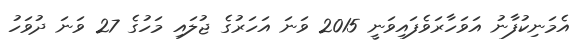
އެމަނިކުފާނު އަވަހާރަވެފައިވަނީ 2015 ވަނަ އަހަރުގެ ޖުލައި މަހުގެ 27 ވަނަ ދުވަހު